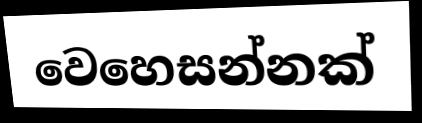
වෙහෙසන්නක්